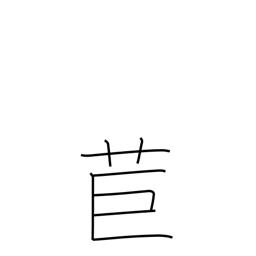
Meaning: torch